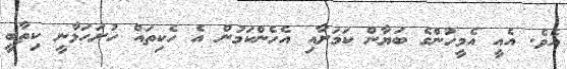
އެވެ. އެއީ އެމީހުންގެ ބަޔާން ކަމަށާއި އެހެންކަމުން އެ ހެކިތައް ހުށަހަޅާނީ ކިތާބީ